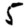
Digit: 5